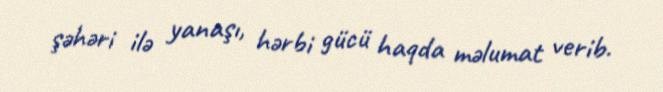
şəhəri ilə yanaşı, hərbi gücü haqda məlumat verib.